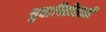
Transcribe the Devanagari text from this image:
युवापिढीसाठी